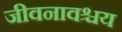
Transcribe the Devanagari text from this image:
जीवनावश्चय